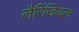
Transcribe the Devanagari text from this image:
लैरिंजियल